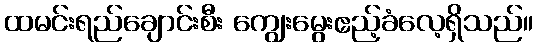
ထမင်းရည်ချောင်းစီး ကျွေးမွေးဧည့်ခံလေ့ရှိသည်။